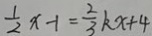
\frac { 1 } { 2 } x - 1 = \frac { 2 } { 3 } k x + 4